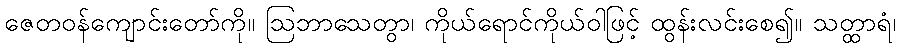
ဇေတဝန်ကျောင်းတော်ကို။ ဩဘာသေတွာ၊ ကိုယ်ရောင်ကိုယ်ဝါဖြင့် ထွန်းလင်းစေ၍။ သတ္ထာရံ၊